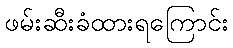
ဖမ်းဆီးခံထားရကြောင်း